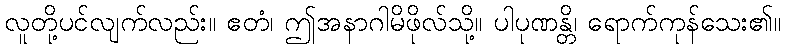
လူတို့ပင်လျက်လည်း။ ဧတံ၊ ဤအနာဂါမိဖိုလ်သို့။ ပါပုဏန္တိ၊ ရောက်ကုန်သေး၏။